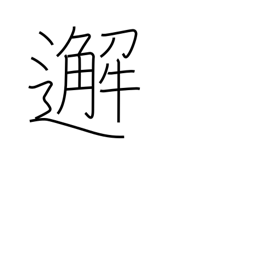
Meaning: meet unexpectedly